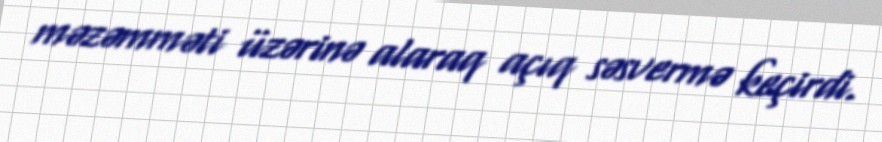
məzəmməti üzərinə alaraq açıq səsvermə keçirdi.